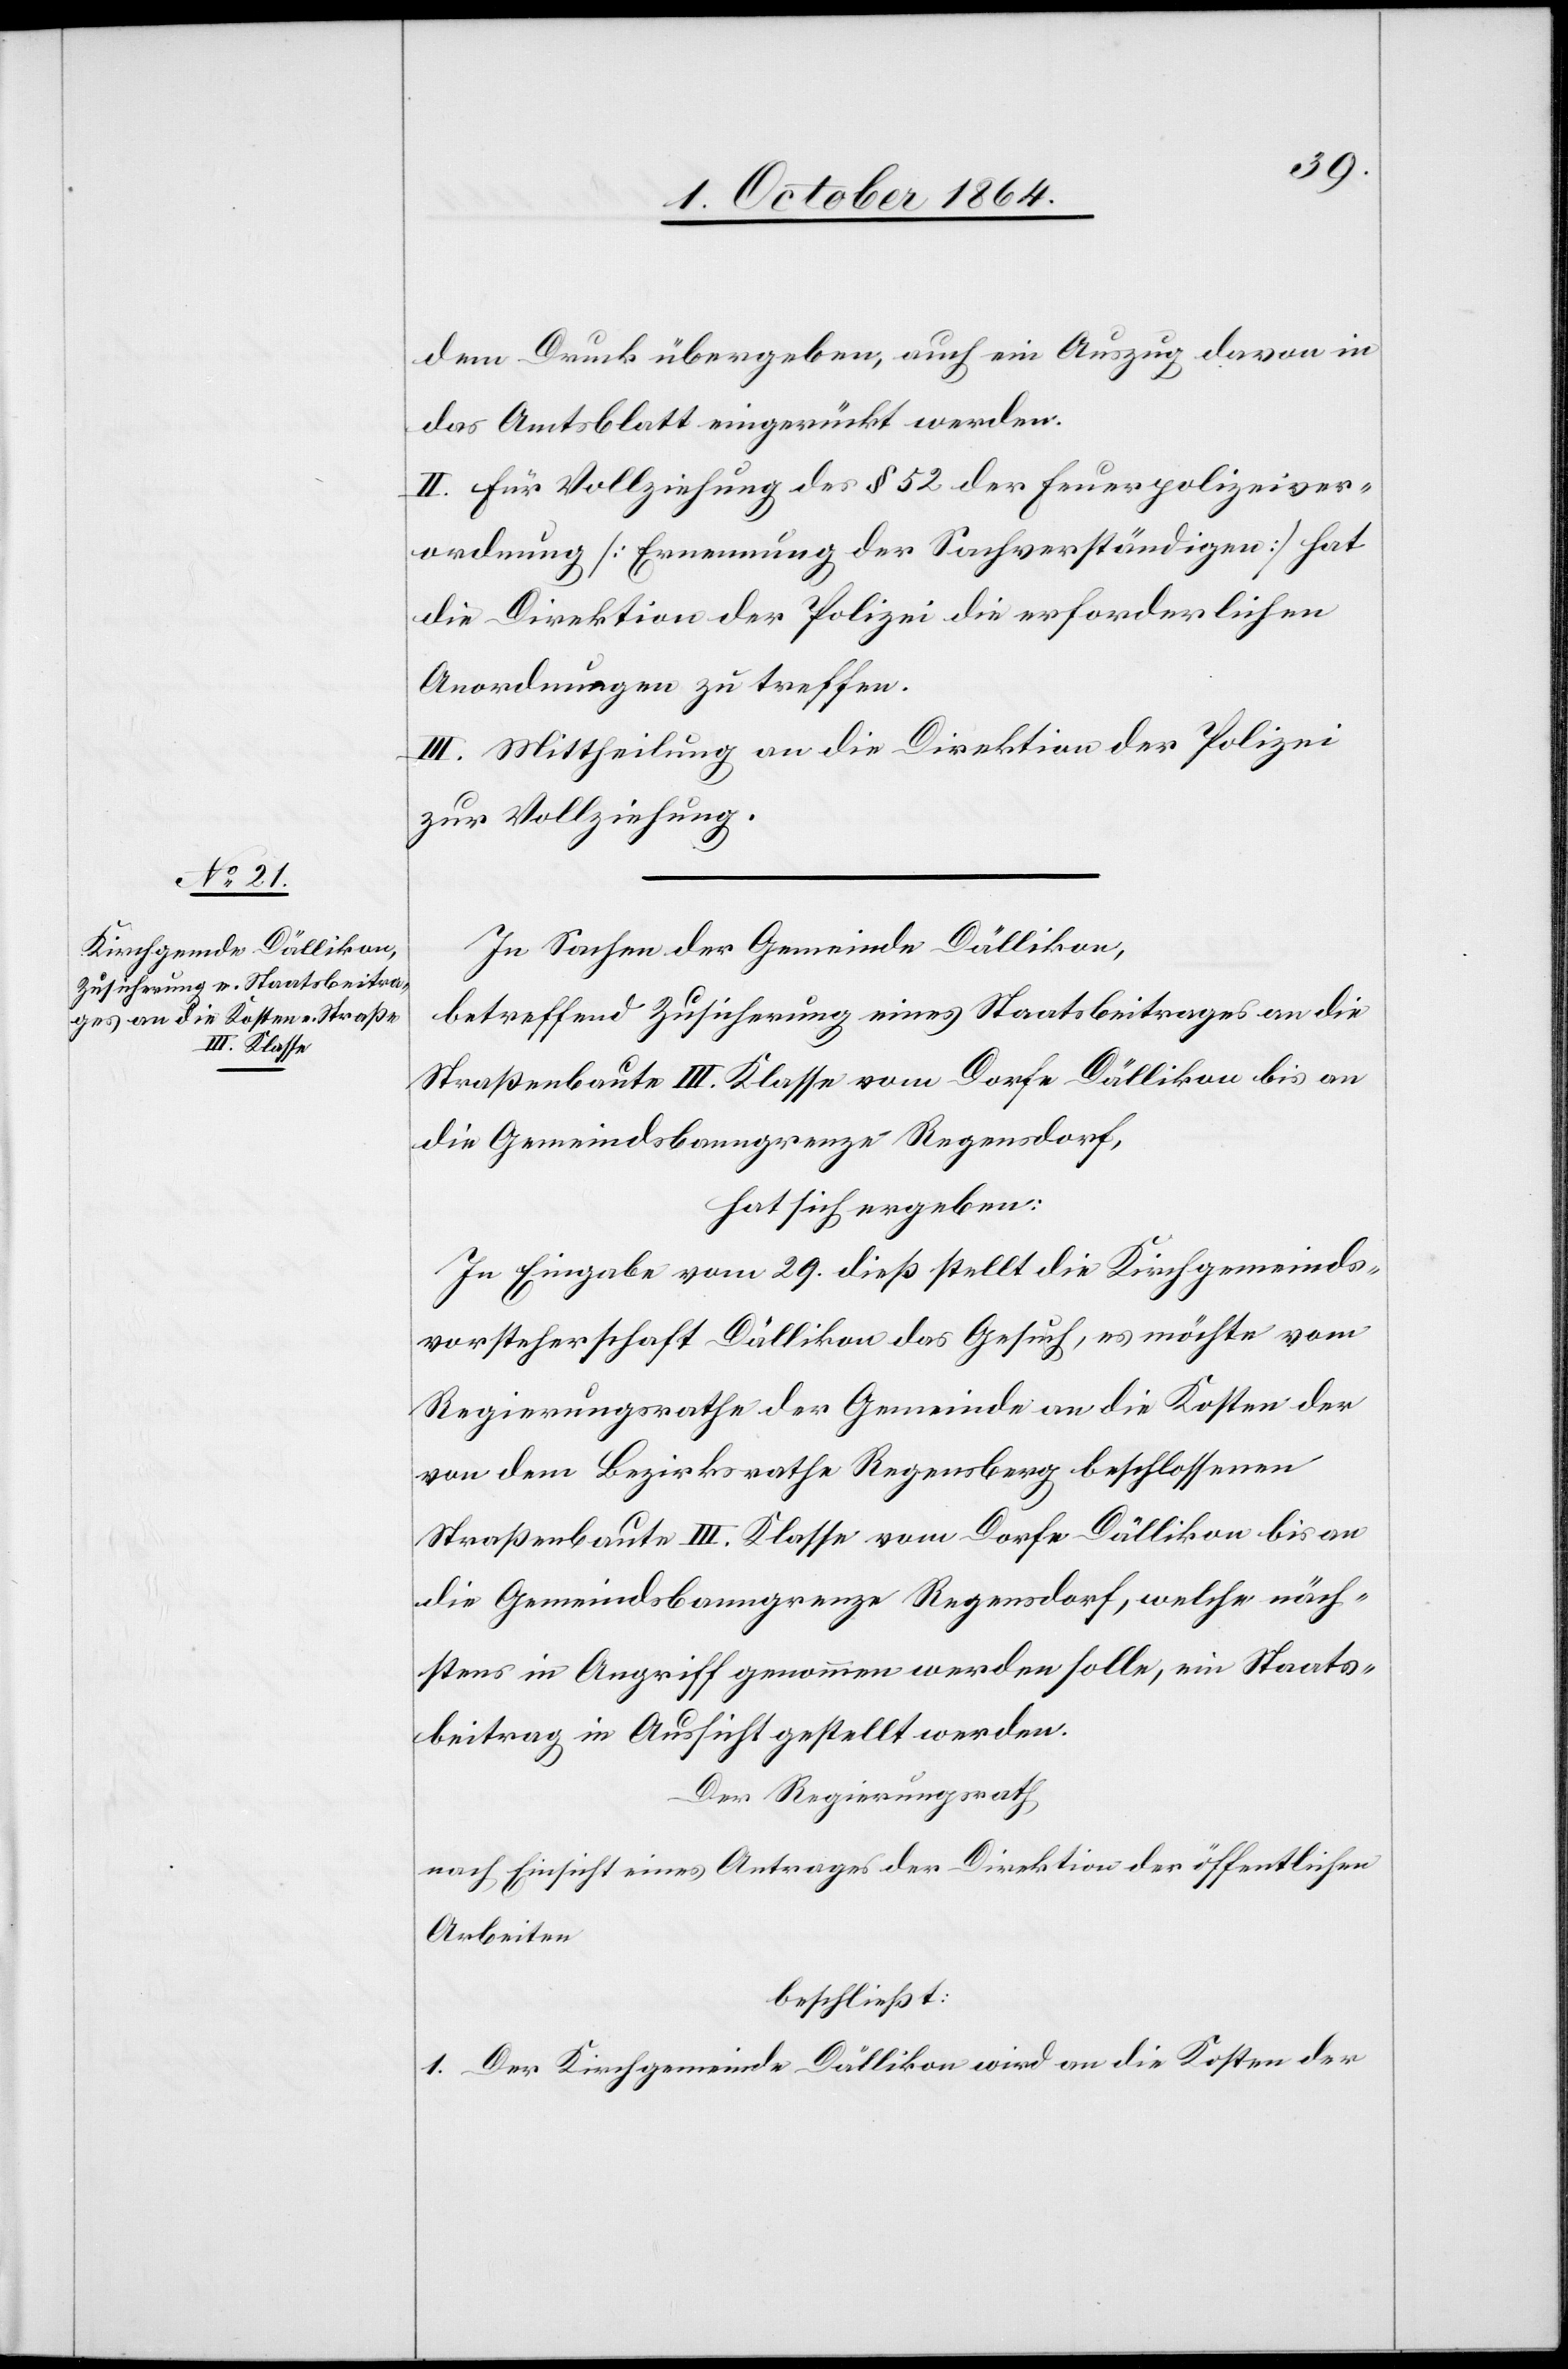
dem Druck übergeben, auch ein Auszug davon in
das Amtsblatt eingerückt werden.
II. Für Vollziehung des § 52 der Feuerpolizeiver¬
ordnung [Ernennung der Sachverständigen] hat
die Direktion der Polizei die erforderlichen
Anordnungen zu treffen.
III. Mittheilung an die Direktion der Polizei
zur Vollziehung.
In Sachen der Gemeinde Dällikon,
betreffend Zusicherung eines Staatsbeitrages an die
Straßenbaute III. Klasse vom Dorfe Dällikon bis an
die Gemeindsbanngrenze Regensdorf,
hat sich ergeben:
In Eingabe vom 19. dieß stellt die Kirchgemeinds¬
vorsteherschaft Dällikon das Gesuch, es möchte vom
Regierungsrathe der Gemeinde an die Kosten der
von dem Bezirksrathe Regensberg beschlossenen
die Gemeindsbanngrenze Regensdorf, welche näch¬
stens in Angriff genommen werden solle, ein Staats¬
beitrag in Aussicht gestellt werden.
Der Regierungsrath,
nach Einsicht eines Antrages der Direktion der öffentlichen
Arbeiten
beschließt:
1. Der Kirchgemeinde Dällikon wird an die Kosten der